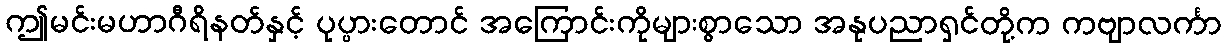
ဤမင်းမဟာဂီရိနတ်နှင့် ပုပ္ပားတောင် အကြောင်းကိုများစွာသော အနုပညာရှင်တို့က ကဗျာလင်္ကာ